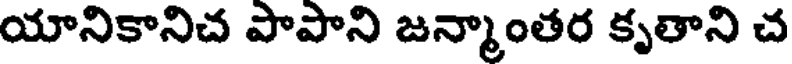
యానికానిచ పాపాని జన్మాంతర కృతాని చ